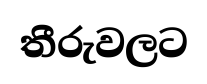
තීරුවලට